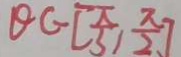
\theta \epsilon [ \frac { \pi } { 3 } , \frac { \pi } { 2 } ]